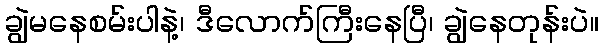
ချွဲမနေစမ်းပါနဲ့၊ ဒီလောက်ကြီးနေပြီ၊ ချွဲနေတုန်းပဲ။